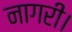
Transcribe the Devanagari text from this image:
नागरी।